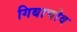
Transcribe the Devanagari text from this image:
गिबाचोव